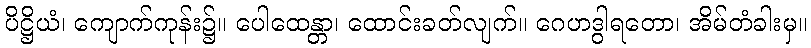
ပိဋ္ဌိယံ၊ ကျောက်ကုန်း၌။ ပေါထေန္တာ၊ ထောင်းခတ်လျက်။ ဂေဟဒွါရတော၊ အိမ်တံခါးမှ။